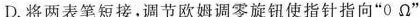
D.将两表笔短接，调节欧姆调零旋钮使指针指向“0 Ω”